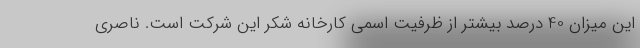
این میزان 40 درصد بیشتر از ظرفیت اسمی کارخانه شکر این شرکت است. ناصری